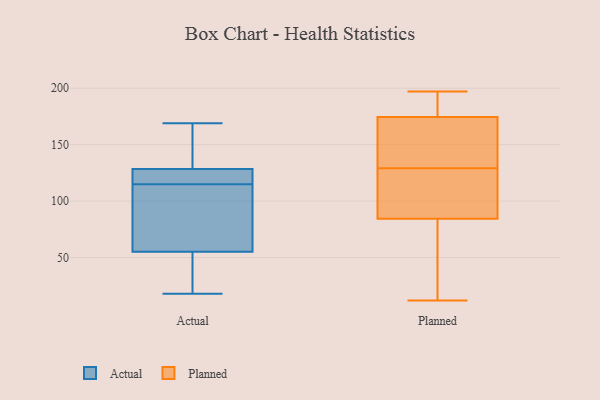
{"axis": {"x": "Demand Index", "y": "Value"}, "legend": ["Actual", "Planned"], "data": [{"x": "", "y": 118, "type": "Actual"}, {"x": "", "y": 87, "type": "Actual"}, {"x": "", "y": 169, "type": "Actual"}, {"x": "", "y": 25, "type": "Actual"}, {"x": "", "y": 129, "type": "Actual"}, {"x": "", "y": 128, "type": "Actual"}, {"x": "", "y": 139, "type": "Actual"}, {"x": "", "y": 112, "type": "Actual"}, {"x": "", "y": 76, "type": "Actual"}, {"x": "", "y": 34, "type": "Actual"}, {"x": "", "y": 119, "type": "Actual"}, {"x": "", "y": 18, "type": "Actual"}, {"x": "", "y": 196, "type": "Planned"}, {"x": "", "y": 36, "type": "Planned"}, {"x": "", "y": 129, "type": "Planned"}, {"x": "", "y": 194, "type": "Planned"}, {"x": "", "y": 154, "type": "Planned"}, {"x": "", "y": 197, "type": "Planned"}, {"x": "", "y": 88, "type": "Planned"}, {"x": "", "y": 164, "type": "Planned"}, {"x": "", "y": 168, "type": "Planned"}, {"x": "", "y": 12, "type": "Planned"}, {"x": "", "y": 73, "type": "Planned"}, {"x": "", "y": 119, "type": "Planned"}, {"x": "", "y": 117, "type": "Planned"}]}